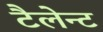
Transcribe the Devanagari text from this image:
टैलेन्ट